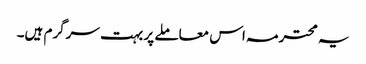
یہ محترمہ اس معاملے پر بہت سرگرم ہیں۔